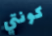
كونتي